EELK_Kaarma_kogudus, lk 52
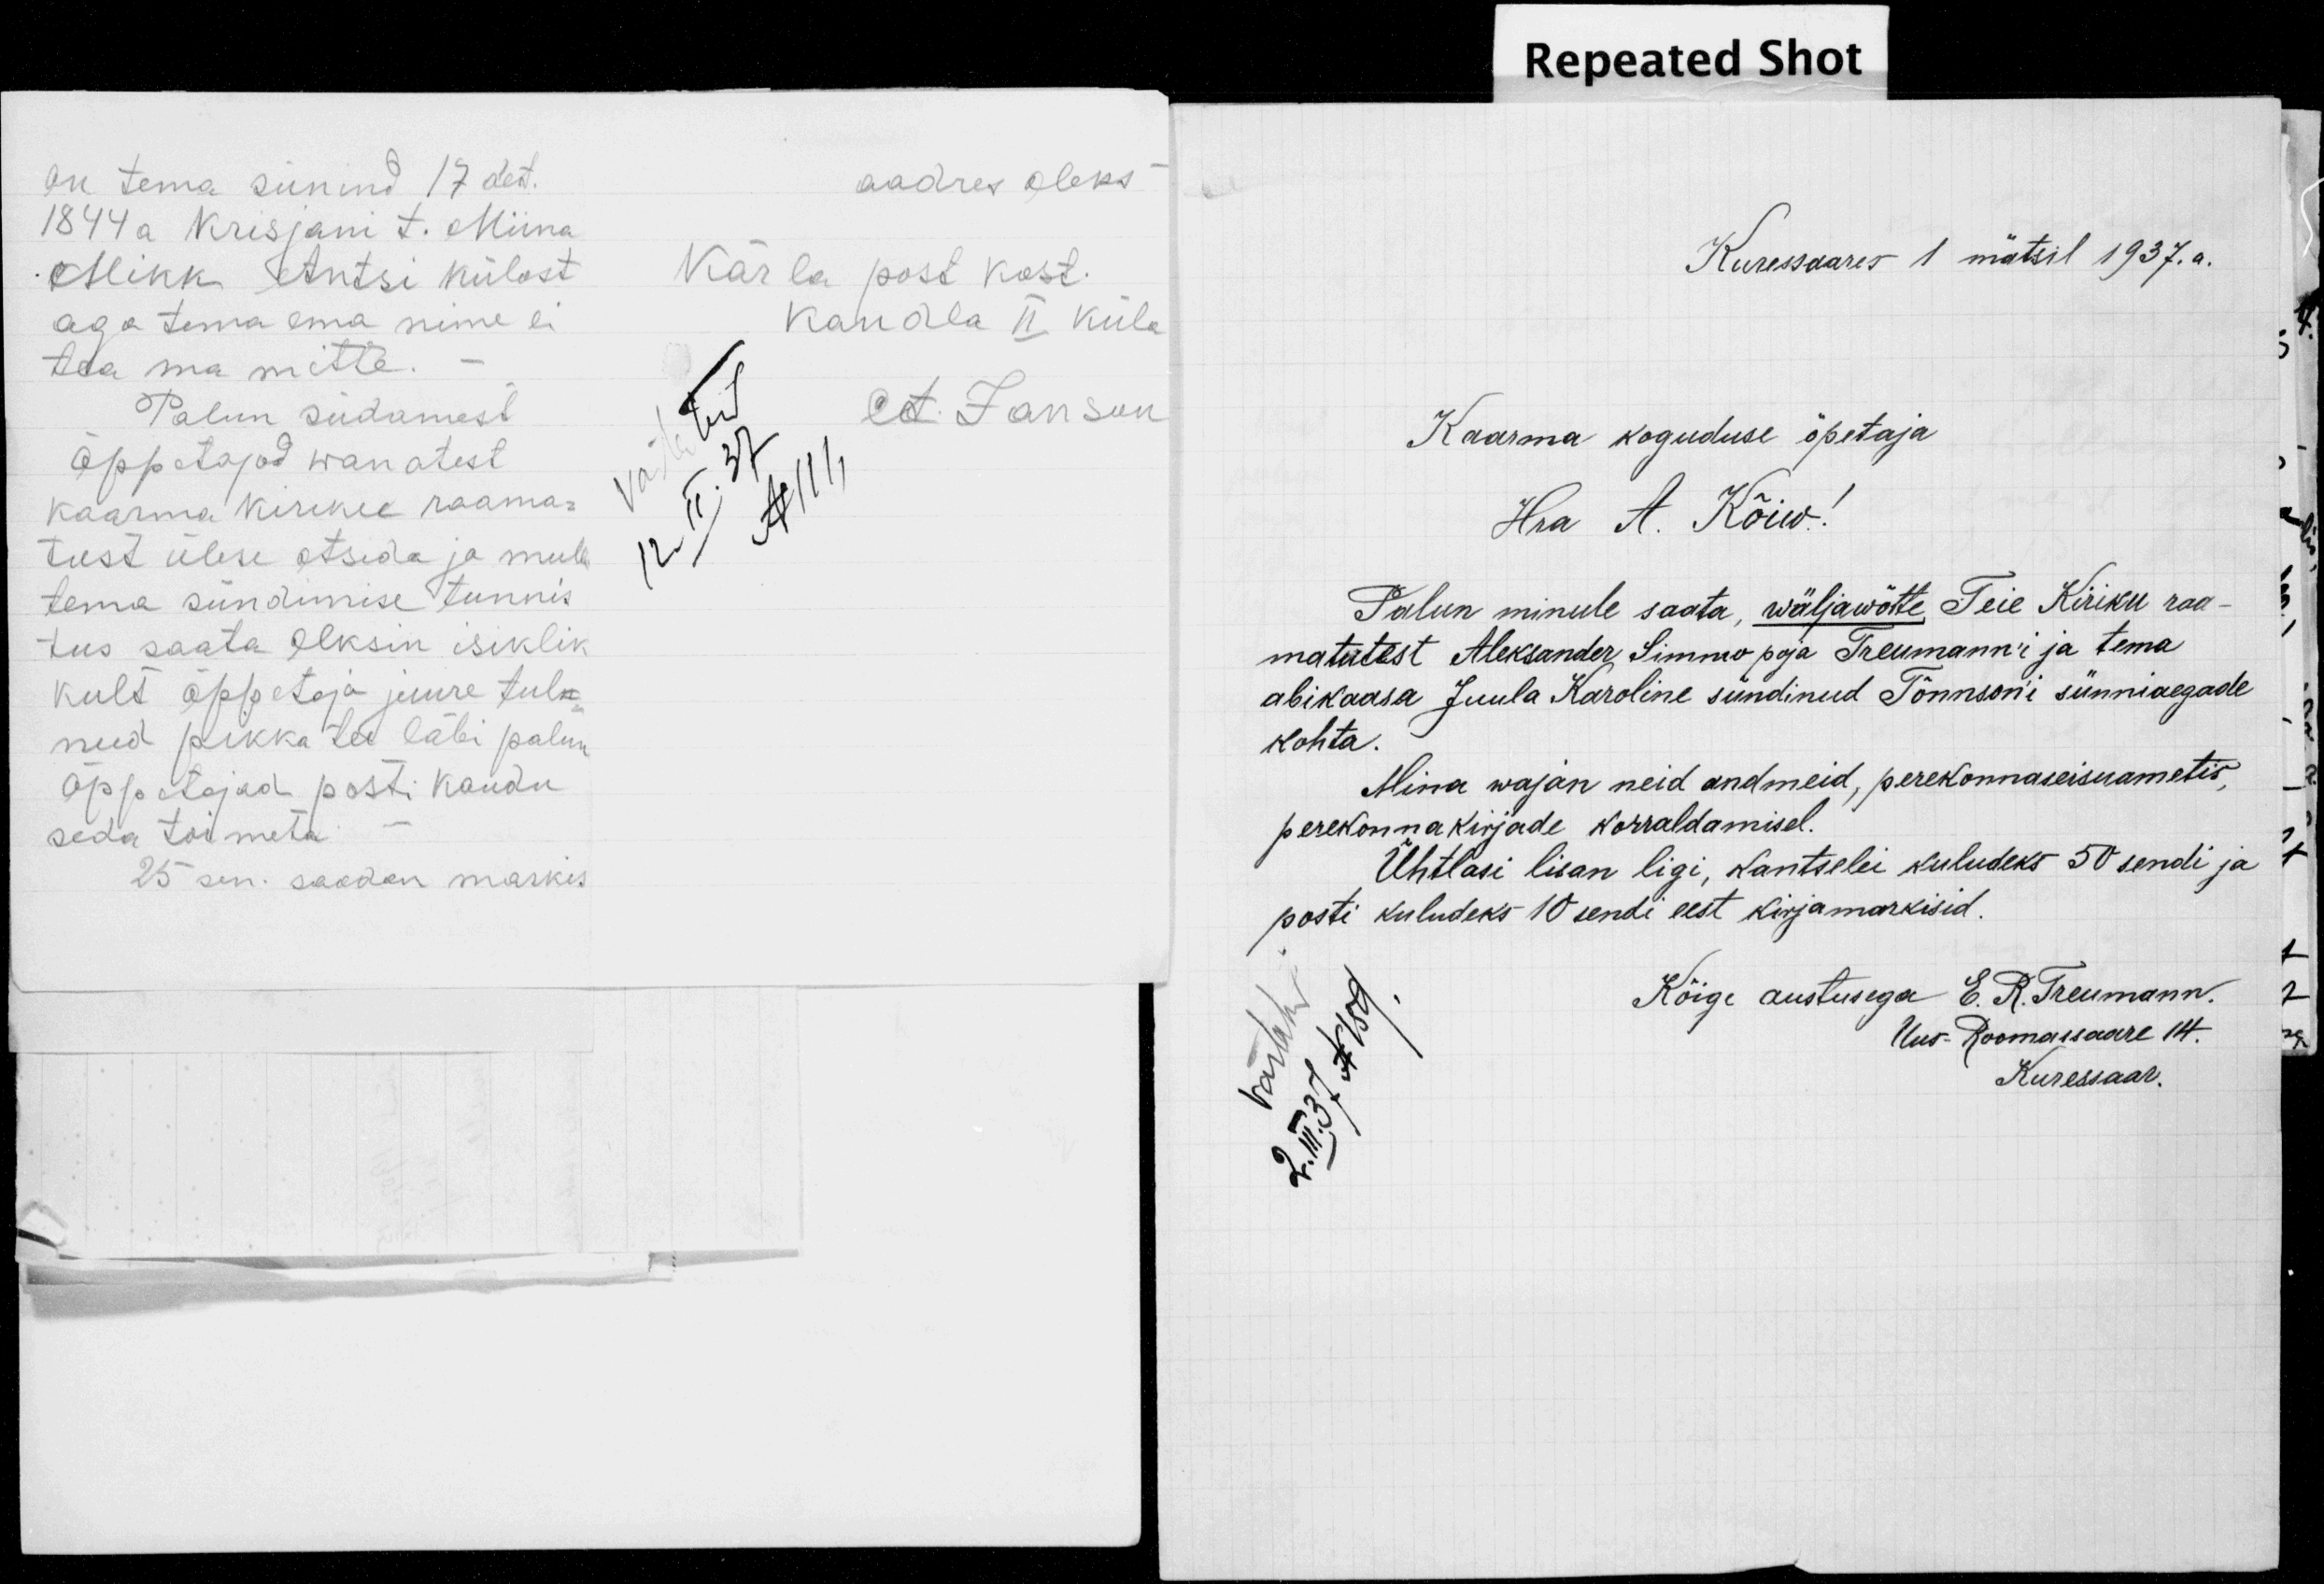
on tema sünind 17 det.
aadres oleks
1844 a Krisjani t. Miina
Mikk Antsi külast.
Kärla post kost.
aga tema ema nime ei
Kandla II küla
tea ma mitte
Palun südamest
et. Janson.
vastatud
Õppetajad wanatest
Kaarma kiriku raama-
N 1111
12.II.32
tust ülese otsida ja mulle
tema sündimise tunnis
tus saata olksin isiklik
kult õppetaja juure tul
nud pikka tee läbi palun
Õppetajad posti kaudu
seda toimeta
25 sen. saadan markis.

Kuresaares 1 matsil 1937.a.
Kaarma koguduse õpetaja
Hra A. Kõiw!
Palun minule saata, wäljawõtte. Teie Kiriku raa-
matutest Aleksander Simmo poja Treumann'i ja tema
abikaasa Juula Karoline sündinud Tõnnsoni sünniaegade
kohta.
Mina wajan neid andmeid, perekonnaseisuametis,
perekonnakirjade korraldamisel.
Ühtlasi lisan ligi, kantselei kuludeks 50 sendi ja
posti kuludeks 10 sendi eest kirjamarkisid.
vastatud
Kõige austusega E. R. Treumann.
2.III.37 N159
Uus-Roomassaare 14.
Kuressaar.